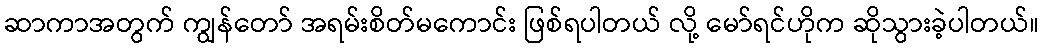
ဆာကာအတွက် ကျွန်တော် အရမ်းစိတ်မကောင်း ဖြစ်ရပါတယ် လို့ မော်ရင်ဟိုက ဆိုသွားခဲ့ပါတယ်။